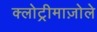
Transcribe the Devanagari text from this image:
क्लोट्रीमाज़ोले